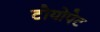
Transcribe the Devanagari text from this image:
टोयोपेट